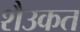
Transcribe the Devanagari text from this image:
शैउकत